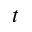
t